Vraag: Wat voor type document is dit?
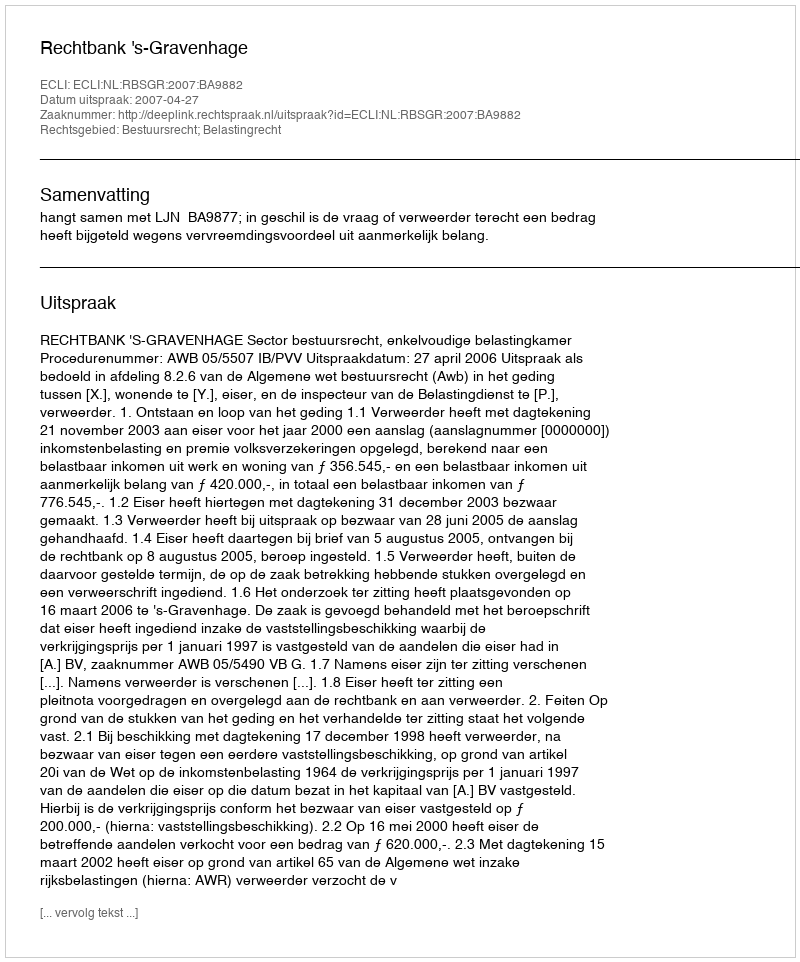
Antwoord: Uitspraak